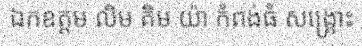
ឯកឧត្តម លិម គិម យ៉ា កំពង់ធំ សង្គ្រោះ